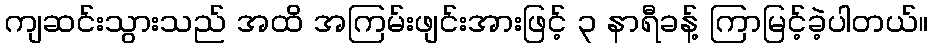
ကျဆင်းသွားသည် အထိ အကြမ်းဖျင်းအားဖြင့် ၃ နာရီခန့် ကြာမြင့်ခဲ့ပါတယ်။